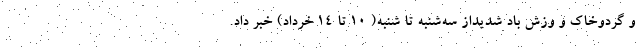
و گردوخاک و وزش باد شدیداز سه‌شنبه تا شنبه( ۱۰ تا ۱۴ خرداد) خبر داد.